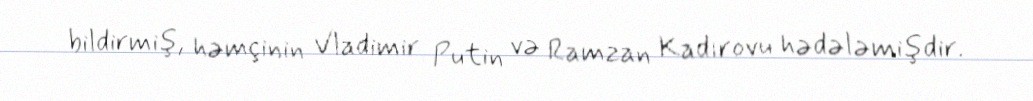
bildirmiş, həmçinin Vladimir Putin və Ramzan Kadırovu hədələmişdir.